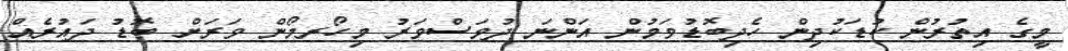
މީގެ އިތުރުން ކުޑަކުދިން ހެދިބޮޑުވަމުން އަންނަ ދުވަސްވަރު މިހޯރމޯން ވަރަށް ބޮޑު ދައުރެއް